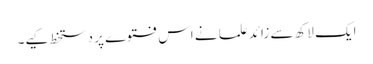
ایک لاکھ سے زائد علما نے اس فتوے پر دستخط کیے۔